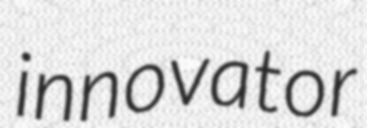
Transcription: innovator